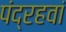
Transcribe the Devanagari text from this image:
पंद्रहवां